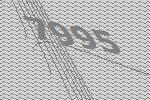
7995